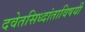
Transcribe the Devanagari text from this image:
दवेतसिध्दांताविषयी